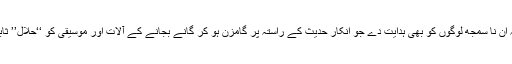
آمین اللہ سے دعا ہے کہ اللہ ان نا سمجھ لوگوں کو بھی ہدایت دے جو انکارِ حدیث کے راستہ پر گامزن ہو کر گانے بجانے کے آلات اور موسیقی کو ‘‘حلال’’ ثابت کرنے پر تُلے ہوئے ہیں۔